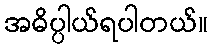
အဓိပ္ပါယ်ရပါတယ်။